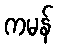
ကမန်